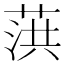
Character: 葓